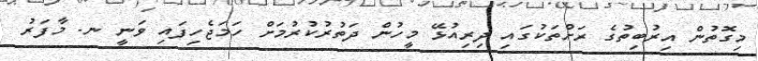
މިގޮތުން އިރުބިތުގެ ރަށްތަކުގައި ދިރިއުޅޭ މީހުން ދަތުރުކުރުމަށް ހަމަޖެހިފައި ވަނީ ނ. މާފަރު